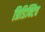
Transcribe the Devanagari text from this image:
प्रिडिक्टिव